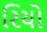
રિયો